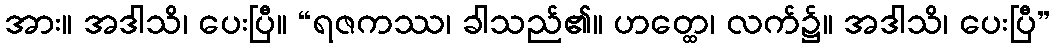
အား။ အဒါသိ၊ ပေးပြီ။ “ရဇကဿ၊ ခါသည်၏။ ဟတ္ထေ၊ လက်၌။ အဒါသိ၊ ပေးပြီ”